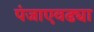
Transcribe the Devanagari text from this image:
पंजाएवढ्या